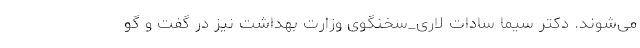
می‌شوند. دکتر سیما سادات لاری_سخنگوی وزارت بهداشت نیز در گفت و گو